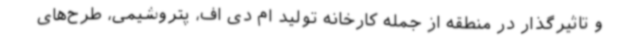
و تاثیرگذار در منطقه از جمله کارخانه تولید ام دی اف، پتروشیمی، طرح‌های